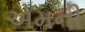
એમની